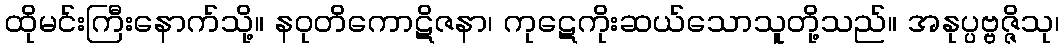
ထိုမင်းကြီးနောက်သို့။ နဝုတိကောဋိဇနာ၊ ကုဋေကိုးဆယ်သောသူတို့သည်။ အနုပ္ပဗ္ဗဇ္ဇိသု၊